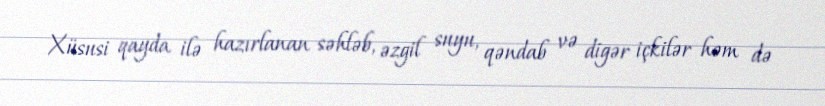
Xüsusi qayda ilə hazırlanan səhləb, əzgil suyu, qəndab və digər içkilər həm də